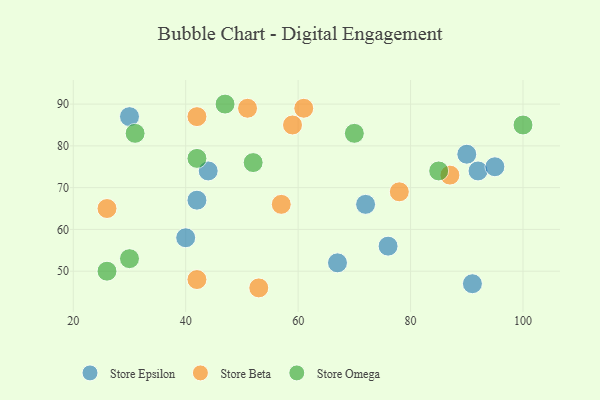
{"axis": {"x": "GDP", "y": "Life Expectancy"}, "legend": ["Store Beta", "Store Epsilon", "Store Omega"], "data": [{"x": "42", "y": 67, "type": "Store Epsilon"}, {"x": "92", "y": 74, "type": "Store Epsilon"}, {"x": "40", "y": 58, "type": "Store Epsilon"}, {"x": "95", "y": 75, "type": "Store Epsilon"}, {"x": "44", "y": 74, "type": "Store Epsilon"}, {"x": "30", "y": 87, "type": "Store Epsilon"}, {"x": "91", "y": 47, "type": "Store Epsilon"}, {"x": "76", "y": 56, "type": "Store Epsilon"}, {"x": "72", "y": 66, "type": "Store Epsilon"}, {"x": "67", "y": 52, "type": "Store Epsilon"}, {"x": "90", "y": 78, "type": "Store Epsilon"}, {"x": "26", "y": 65, "type": "Store Beta"}, {"x": "51", "y": 89, "type": "Store Beta"}, {"x": "53", "y": 46, "type": "Store Beta"}, {"x": "87", "y": 73, "type": "Store Beta"}, {"x": "42", "y": 87, "type": "Store Beta"}, {"x": "42", "y": 48, "type": "Store Beta"}, {"x": "59", "y": 85, "type": "Store Beta"}, {"x": "61", "y": 89, "type": "Store Beta"}, {"x": "57", "y": 66, "type": "Store Beta"}, {"x": "78", "y": 69, "type": "Store Beta"}, {"x": "52", "y": 76, "type": "Store Omega"}, {"x": "47", "y": 90, "type": "Store Omega"}, {"x": "31", "y": 83, "type": "Store Omega"}, {"x": "30", "y": 53, "type": "Store Omega"}, {"x": "42", "y": 77, "type": "Store Omega"}, {"x": "70", "y": 83, "type": "Store Omega"}, {"x": "100", "y": 85, "type": "Store Omega"}, {"x": "85", "y": 74, "type": "Store Omega"}, {"x": "26", "y": 50, "type": "Store Omega"}]}